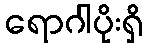
ရောဂါပိုးရှိ